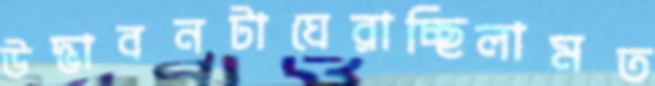
উদ্ভাবনটাঘেরাচ্ছিলামত